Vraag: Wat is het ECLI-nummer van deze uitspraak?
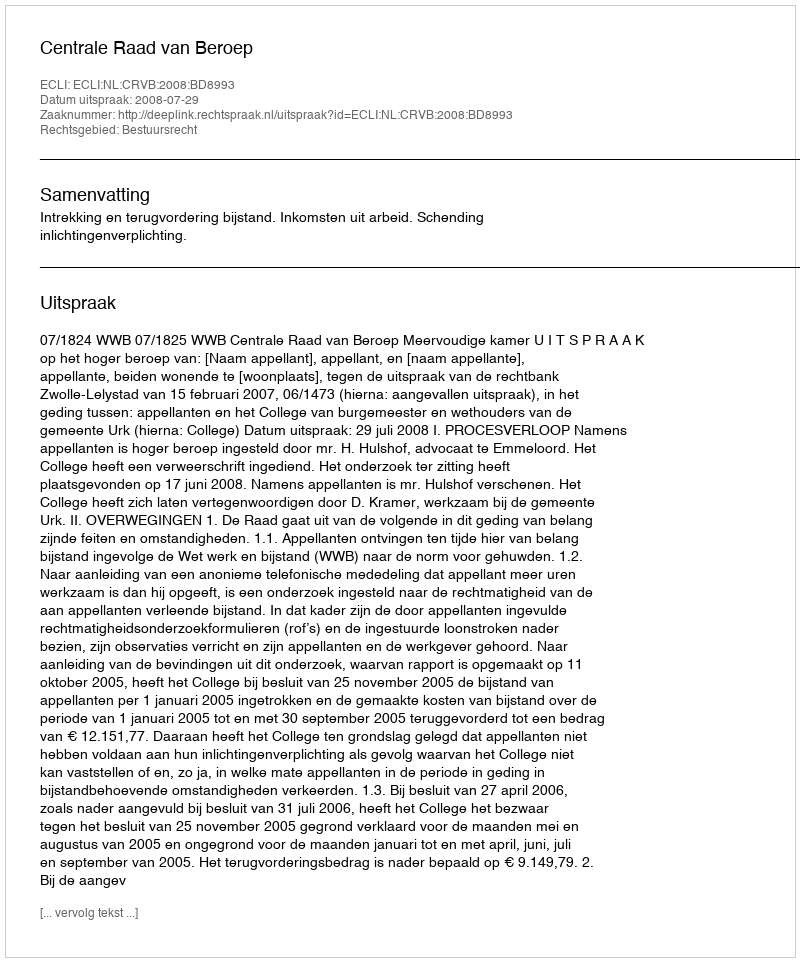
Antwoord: ECLI:NL:CRVB:2008:BD8993